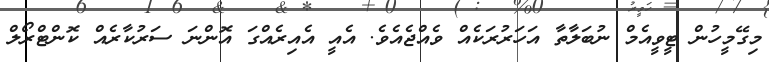
މިގޭމީހުން ޓީވީއެމް ނުބަލާތާ އަހަރުރަކެއް ވެއްޖެއެވެ. އެއީ އެއިރެއްގަ އޮންނަ ސަރުކާރެއް ކޮންޓްރޯލް